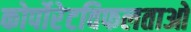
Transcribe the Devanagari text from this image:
कोर्पोरेटविफलताओ